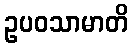
ဥပဝသာမာတိ